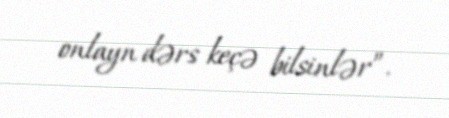
onlayn dərs keçə bilsinlər”.